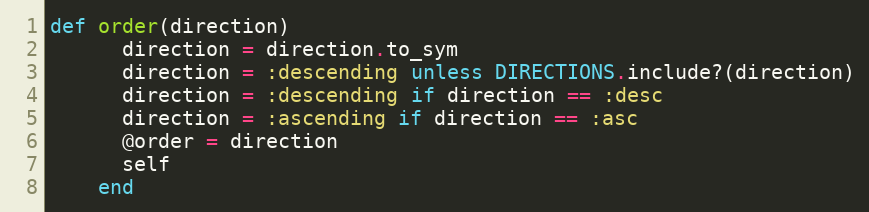
Language: Ruby
def order(direction)
      direction = direction.to_sym
      direction = :descending unless DIRECTIONS.include?(direction)
      direction = :descending if direction == :desc
      direction = :ascending if direction == :asc
      @order = direction
      self
    end